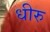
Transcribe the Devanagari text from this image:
धीरु